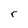
Character: r